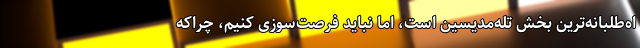
اه‌طلبانه‌ترین بخش تله‌مدیسین است، اما نباید فرصت‌سوزی کنیم، چراکه